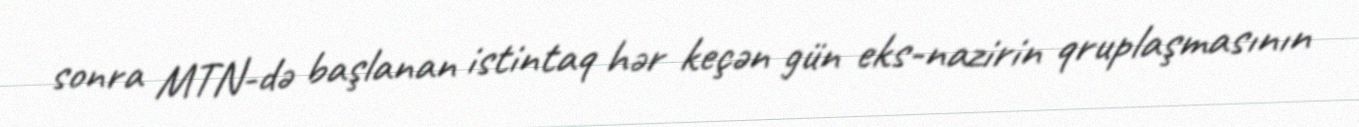
sonra MTN-də başlanan istintaq hər keçən gün eks-nazirin qruplaşmasının